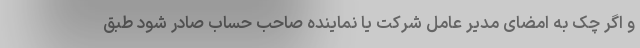
و اگر چک به امضای مدیر عامل شرکت یا نماینده صاحب حساب صادر شود طبق